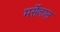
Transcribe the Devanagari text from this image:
मर्सेलास